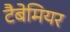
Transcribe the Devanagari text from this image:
टैबेमियर